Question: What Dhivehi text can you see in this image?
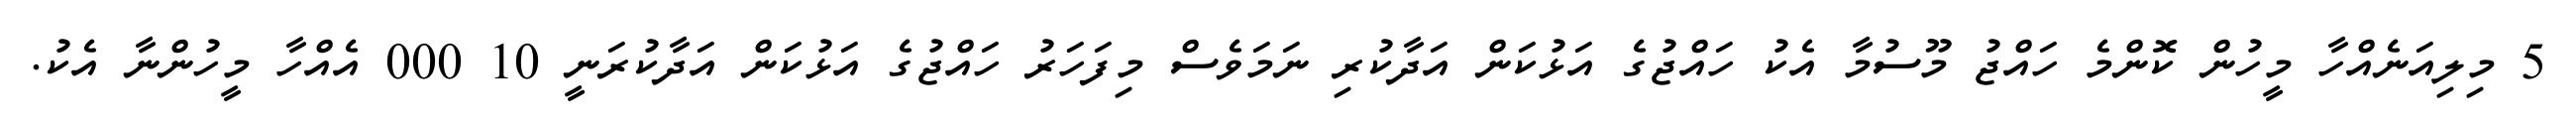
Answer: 5 މިލިއަނެއްހާ މީހުން ކޮންމެ ހައްޖު މޫސުމާ އެކު ހައްޖުގެ އަޅުކަން އަދާކުރި ނަމަވެސް މިފަހަރު ހައްޖުގެ އަޅުކަން އަދާކުރަނީ 10 000 އެއްހާ މީހުންނާ އެކު.